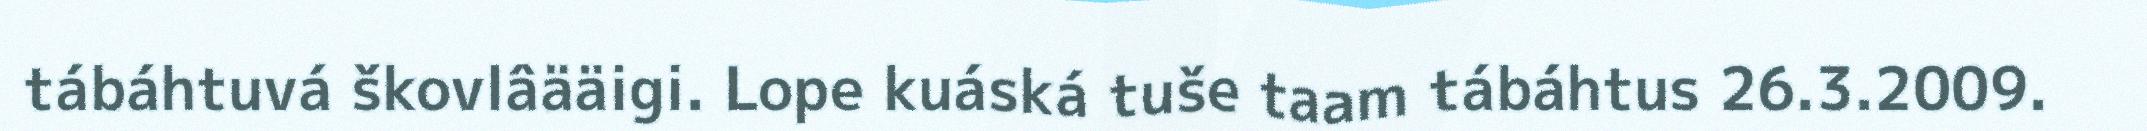
tábáhtuvá škovlâääigi. Lope kuáská tuše taam tábáhtus 26.3.2009.